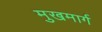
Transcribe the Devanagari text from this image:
मुखमार्ग